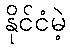
နိုင်ငံမဲ့